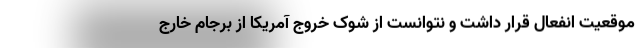
موقعیت انفعال قرار داشت و نتوانست از شوک خروج آمریکا از برجام خارج